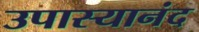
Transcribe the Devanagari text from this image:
उपास्यानंद